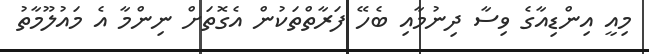
މިއީ އިންޑިއާގެ ވިސާ ދިނުމާއި ބެހޭ ފަރާތްތަކުން އެގޮތަށް ނިންމާ އެ މައުލޫމާތު